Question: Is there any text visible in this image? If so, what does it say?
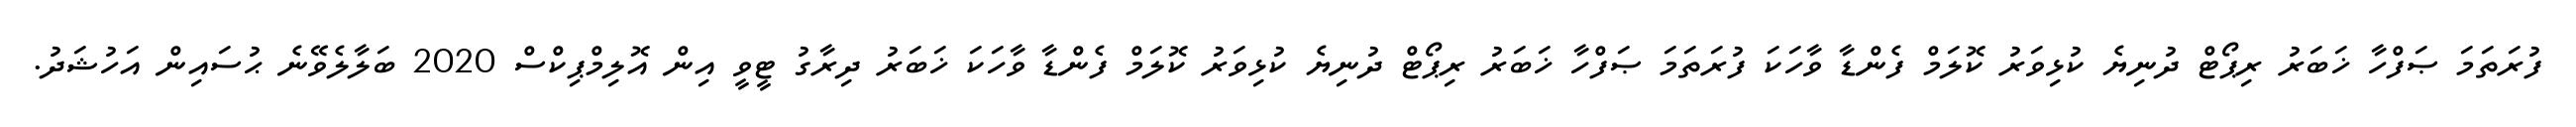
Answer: ފުރަތަމަ ޞަފްހާ ޚަބަރު ރިޕޯޓް ދުނިޔެ ކުޅިވަރު ކޮލަމް ފެންޑާ ވާހަކަ ފުރަތަމަ ޞަފްހާ ޚަބަރު ރިޕޯޓް ދުނިޔެ ކުޅިވަރު ކޮލަމް ފެންޑާ ވާހަކަ ޚަބަރު ދިރާގު ޓީވީ އިން އޮލިމްޕިކްސް 2020 ބަލާލެވޭނެ ޙުސައިން އަހުޝަދު.